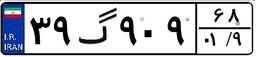
۳۹گ۹۰۹۶۸